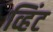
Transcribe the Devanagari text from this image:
व्हिंट